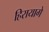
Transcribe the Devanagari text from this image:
हिरायागे